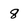
Character: 8